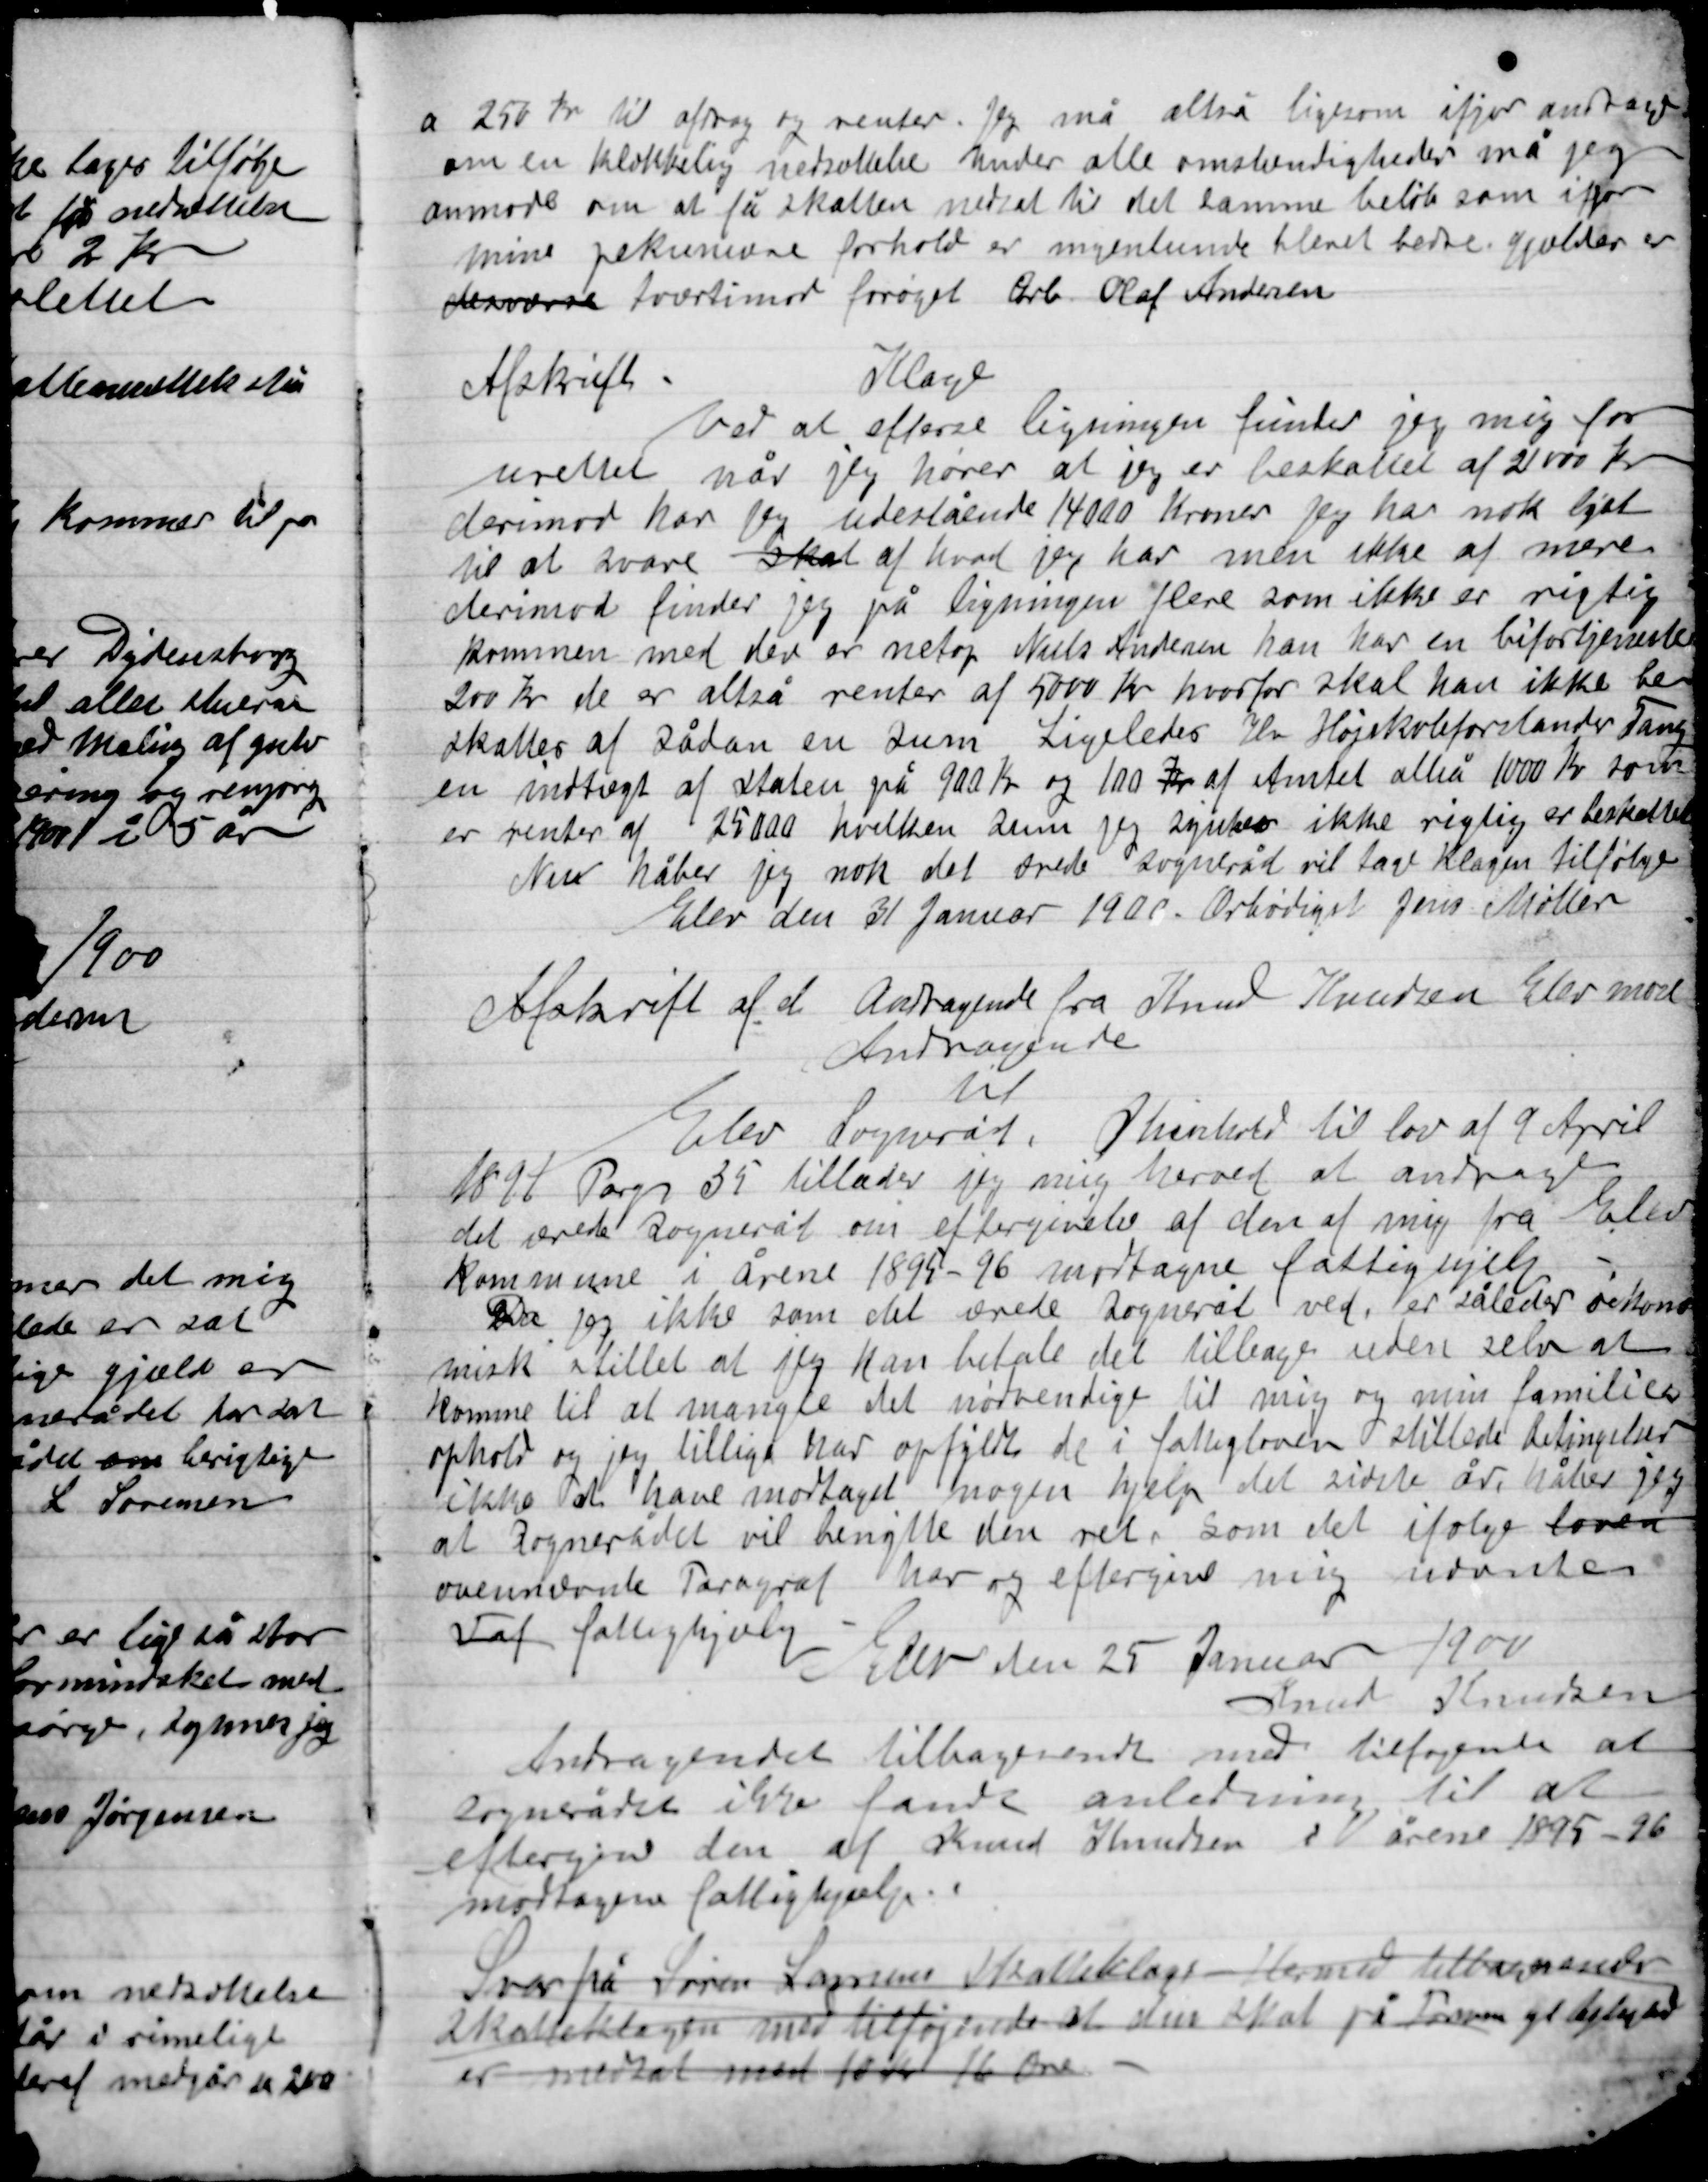
Transskription:
a 250 Kr. til afdrag og renter. Jeg må altså ligesom ifjor andrage
om en klækkelig nedsættelse. Under alle omstændigheder må jeg
anmode om at få skatten nedsat til det samme beløb som ifjor
mine pekuniære forhold er ingenlunde blevet bedre gælden er
desværre tværtimod forøget Arb. Olaf Andersen

Afskrift.
Klage
Ved at aflevere ligningen finder jeg mig for-
urettet når jeg hører at jeg er beskattet af 21000 Kr.
derimod har jeg udestående 14000 kroner jeg har nok liget
til at svare skat af hvad jeg har men ikke af mere
derimod finder jeg på ligningen flere som ikke er rigtig
kommen med der er netop Niels Andersen han har en bifortjeneste
200 Kr. de er altså renter af 5000 Kr. hvorfor skal han ikke be-
Skattes af sådan en sum Ligeledes Hr. Højskoleforstander Tang
En indtægt af staten på 900 Kr. og 100 Kr. af Andet altså 1000 Kr. som
Er renter af 25000 hvilken sum jeg synes ikke rigtig er beskattet.
Nu håber jeg nok det ærede Sogneråd vil tage Klagen tilfølge.
Elev den 31 Januar 1900. Ærbødigst Jens Møller

Afskrift af d. Andragende fra Knud Knudsen Elev nord
Andragende
Til
Elev Sogneråd. I henhold til lov af 9 April
1891 Pagr. 35 tillader mig herved at andrage
det ærede Sogneråd om eftergivelse af den af mig fra Elev
Kommune i årene 1895-96  modtagne fattigydelse.
Da jeg ikke som det ærede Sogneråd ved, er således øko-
nomisk stillet at jeg kan betale det tilbage uden selv at
komme til at mangle det nødvendige til mig og min families
ophold og jeg tillige har opfyldt de i fattigloven stillede betingelser
ikke at have modtaget nogen hjælp det sidste år, håber jeg
at Sognerådet vil benytte den ret som det ifølge loven
overværende Paragraf har og eftergive mig uvantes
Fat fattighjælp
Elev den 25 Januar 1900
Knud Knudsen

Andragende tilbagesendes med tilføjende at
Sognerådet ikke fandt anledning til at
eftergive den af Knud Knudsen i årene 1895-96
modtagen fattighjælp.
Svar på Søren Larsens skatteklage Hermed tilbagesendes
Skatteklagen med tilføjende  at den skat på formue og lejlighed
Er nedsat med 10 Kr. 16 Øre.